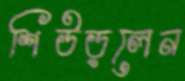
শিউড়লেন